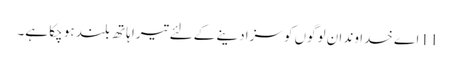
11 اے خدا وند ان لوگوں کو سزا دینے کے لئے تیرا ہاتھ بلند ہو چکا ہے۔